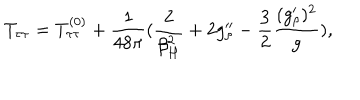
T _ { \tau \tau } = T _ { \tau \tau } ^ { ( 0 ) } + { \frac { 1 } { 4 8 \pi } } ( { \frac { 2 } { \beta _ { H } ^ { 2 } } } + 2 g _ { \rho } ^ { \prime \prime } - { \frac { 3 } { 2 } } { \frac { ( g _ { \rho } ^ { \prime } ) ^ { 2 } } { g } } ) ,